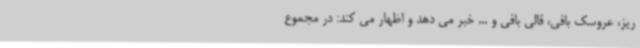
ریز، عروسک بافی، قالی بافی و ... خبر می دهد و اظهار می کند: در مجموع